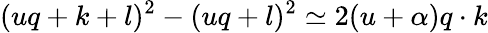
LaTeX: (uq+k+l)^{2}-(uq+l)^{2}\simeq 2(u+\alpha)q\cdot k